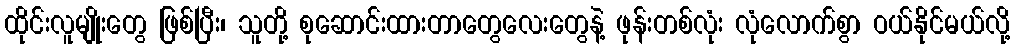
ထိုင်းလူမျိုးတွေ ဖြစ်ပြီး၊ သူတို့ စုဆောင်းထားတာတွေလေးတွေနဲ့ ဖုန်းတစ်လုံး လုံလောက်စွာ ဝယ်နိုင်မယ်လို့